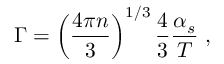
\Gamma = \left( \frac { 4 \pi n } { 3 } \right) ^ { 1 / 3 } \frac { 4 } { 3 } \frac { \alpha _ { s } } { T } \; ,